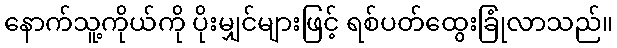
နောက်သူ့ကိုယ်ကို ပိုးမျှင်များဖြင့် ရစ်ပတ်ထွေးခြုံလာသည်။